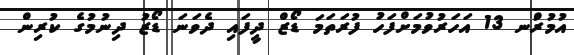
އުމުރުްނ 13 އަހަރުވުމަށްފަހު ފުރަތަމަ ޑޯޒް ދީފައި ދެވަނަ ޑޯޒު ދިނުމުގެ ކުރިން